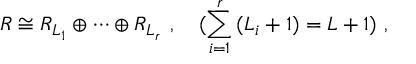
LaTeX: R \cong R _ { L _ { 1 } } \oplus \cdots \oplus R _ { L _ { r } } ~ , ~ ~ ~ ( \sum _ { i = 1 } ^ { r } \, ( L _ { i } + 1 ) = L + 1 ) ~ ,